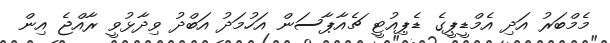
މެމްބަރު އަދި އެމްޑީޕީގެ ޑެޕިއުޓީ ޗެއާޕާސަން އަހުމަދު އަބްދު ވިދާޅުވީ ރާއްޖެ އިން